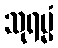
သုရမ္မံ